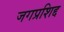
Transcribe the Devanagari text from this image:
जगप्रशिद्द